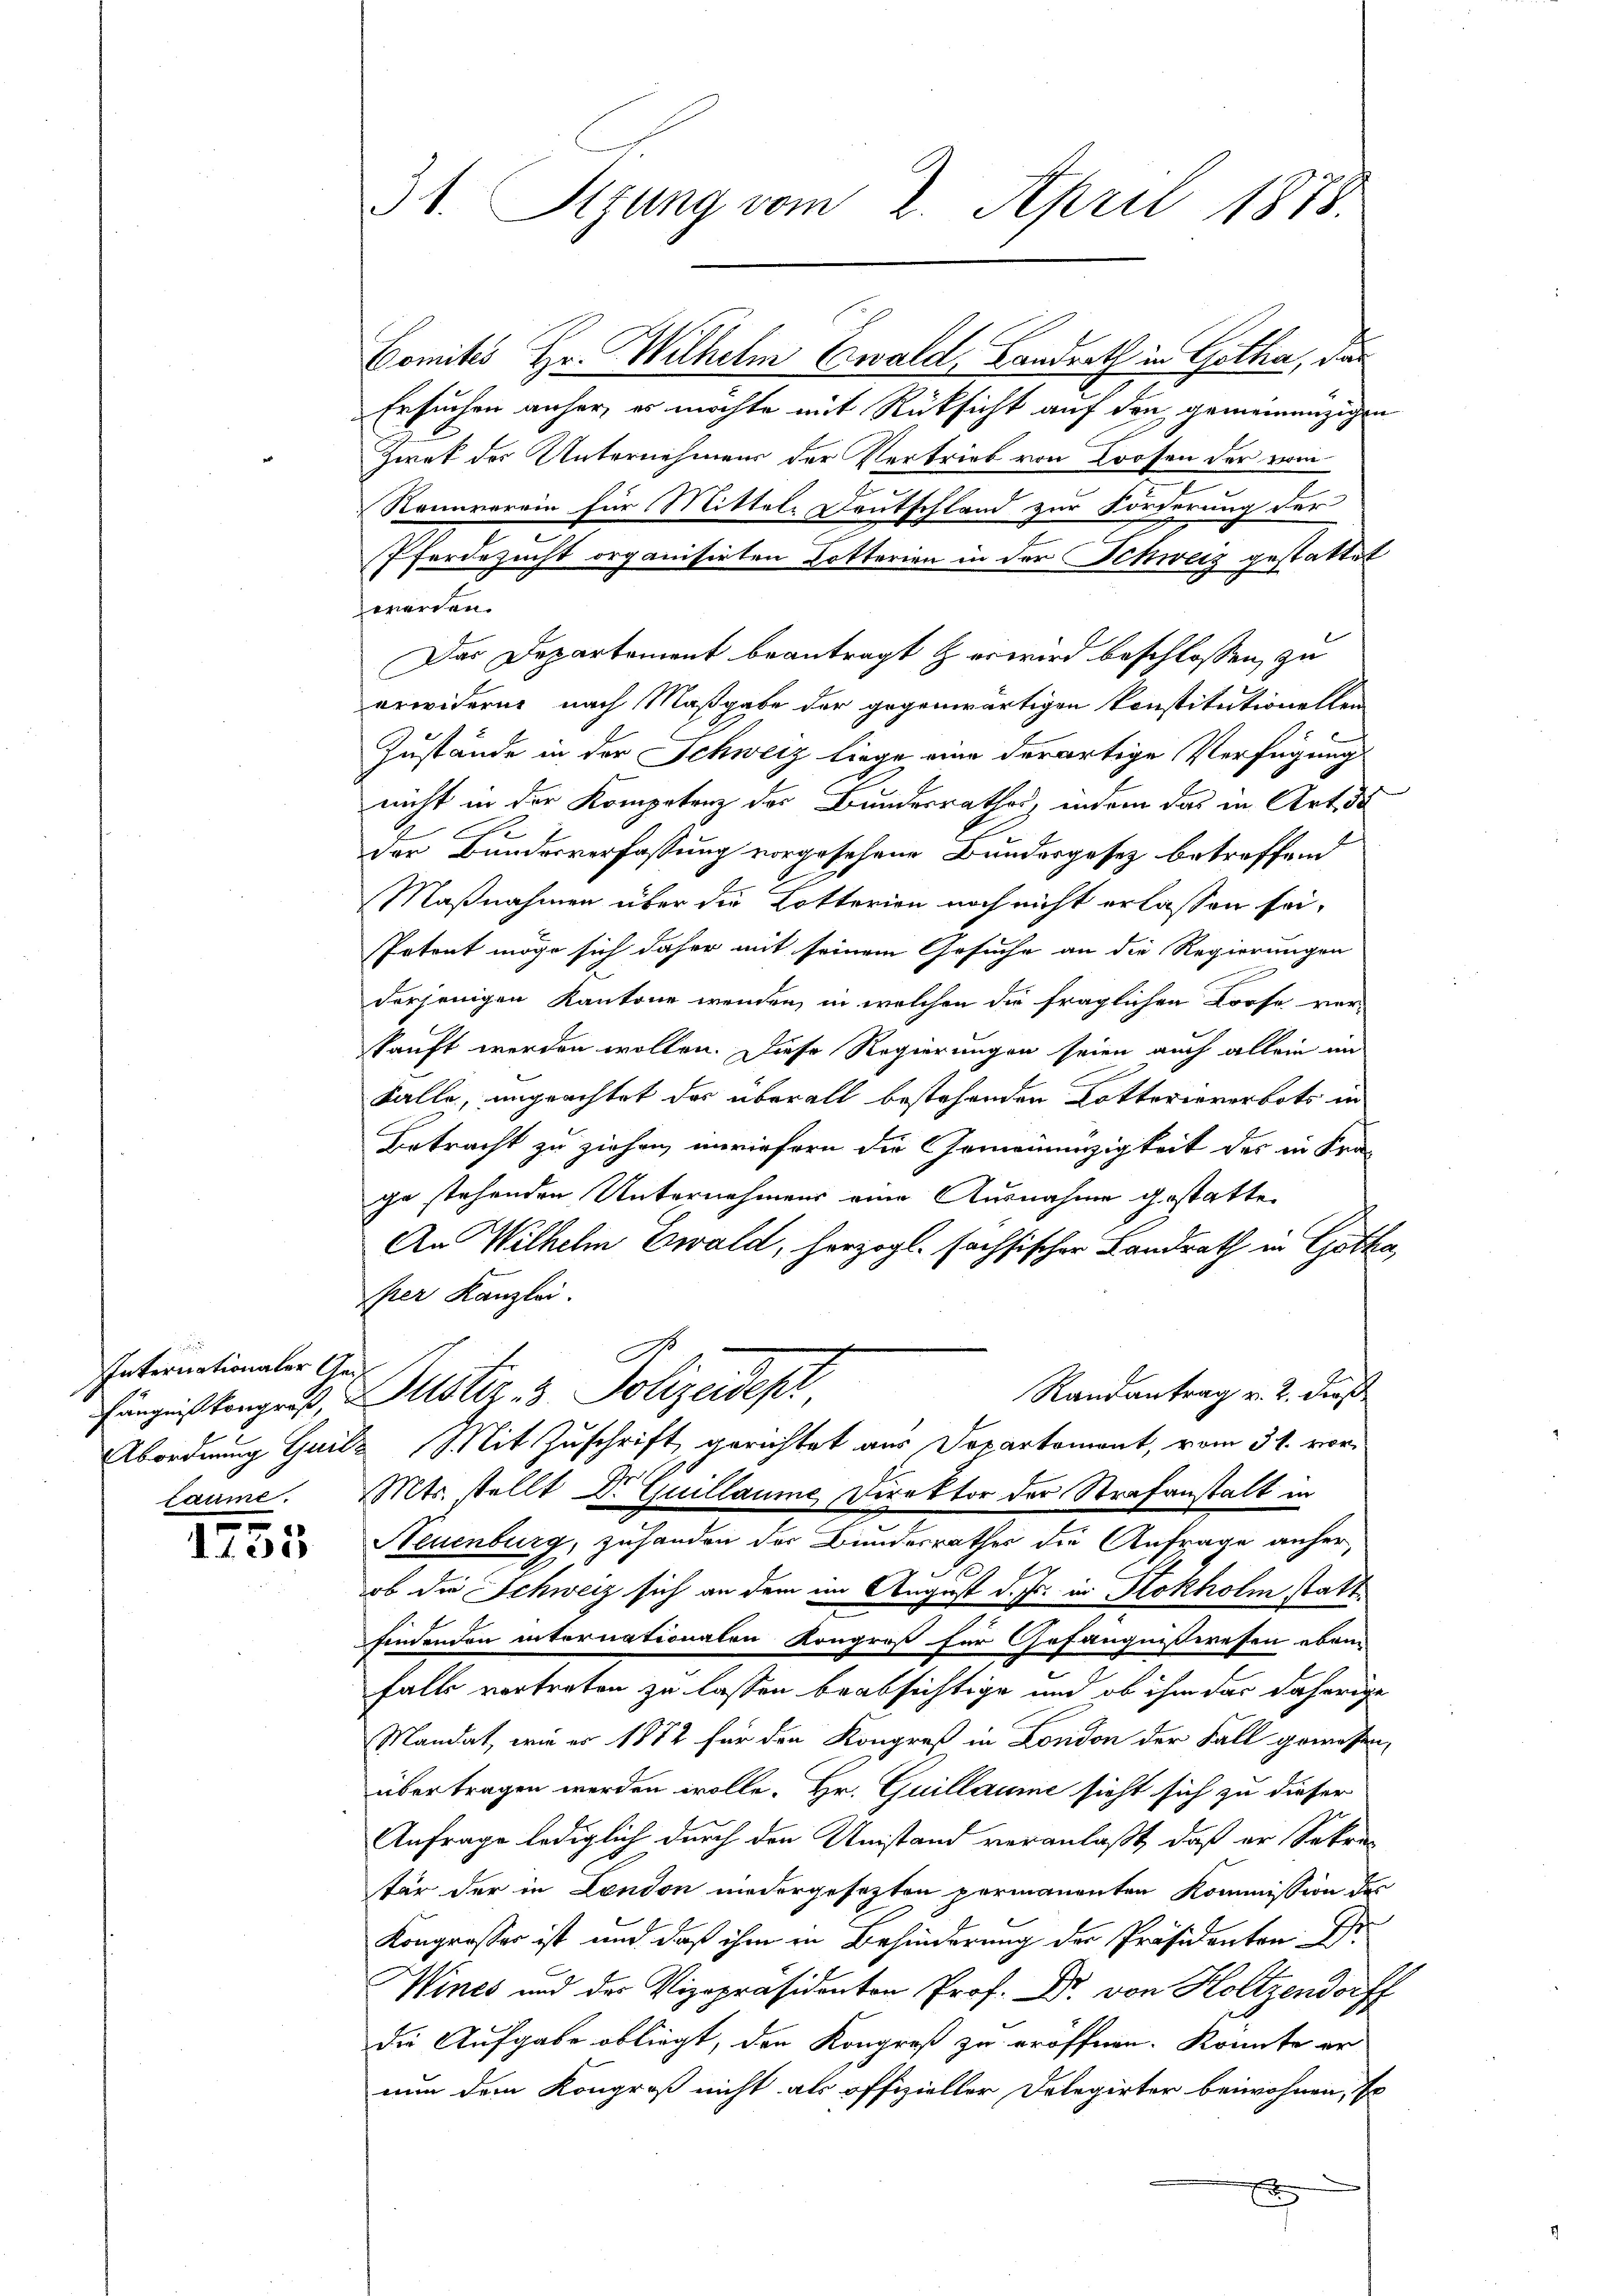
Internationaler Ge
fängnißkongreß, u

x
d. 155

Comites Hr. Wilhelm Ewald, Landrath in Gotha, das
Ersuchen anher, es möchte mit Rücksicht auf den gemeinenzigen
Zwek des Unternehmens der Vertrieb von Loosen der vom
Rounverein für Mittels Deutschland zur Forderung der
Pferdezucht organisirten Dotterien in der Schweis gestattet
werden.
Das Departement beantragt & er wird beschlossen, zu
erwiderne nach Maßgabe der gegenwärtigen konstitutionellen
Zustände in der Schweiz liege eine derartige Verfügung
nicht in der Kompetenz der Bundesrathes, indem das in Art. de
der Bundesverfassung vorgesehene Bundesgesez betreffend
Maßnahmen über die Lotterion noch nicht erlassen sei-
Potent möge sich daher mit seinem Gesuche an die Regierungen
derjenigen Kantone wenden, in welchen die fraglichen Loose ver-
kauft werden wollen. Diese Regierungen seien auch allein im
Falle, unprachtet das überall bestehenden Lotterieverbots in
Betracht zu ziehen, unriefern die Gemeinnigkeit des in Fra
ge stehenden Unternehmens eine Ausnahme gestatte
An Wilhelm Ewald, herzogl. sechsischer Landrath in Gotha,
per Kanzlei.
Randantrag v. 2. Dies
Justiz- & Polizeidep
Abordnung Guilz Mit Zuschrift gerichtet aus Departement, vom 31. vorlaume. Mts. stellt Dr. Guillaume Direktor der Strafanstalt in
Neuenburg, zuhanden der Bundesrathes die Anfrage anhere
ob die Schweiz sich an dem im August d. Js. in Klokholm stattfindenden internationalen Kongroß für Gefängnißwesen eben
falls vertreten zu lassen beabsichtige und ob ihm das daherige
Mandat, wie er 1872 für den Kongreß in London der Fall gewesen,
übertragen werden wolle. Hr. Guillaume sicht sich zu dieser
Anfrage lediglich durch den Umstand veranlaßt, daß er Sekretär der in London niedergesezten permanenten Kommission des
Kongresser ist und daß ihm in Behinderung der Präsidenten Er
Wines und der Vizepräsidenten Prof. Dr. von Holtzendorff
die Aufgabe obliegt, den Kongroß zu eröffnen. Konnte er
nun dem Kongroß nicht als offizieller Delegirter beiwohnen, so
E

31. Sitzung vom 2. April 1878.